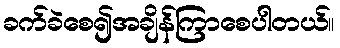
ခက်ခဲစေ၍အချိန်ကြာစေပါတယ်။